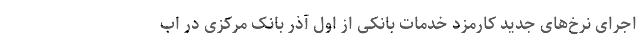
اجرای نرخ‌های جدید کارمزد خدمات بانکی از اول آذر بانک مرکزی در اب